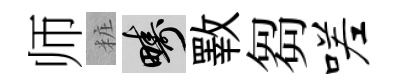
师粧疇斁芻嗟